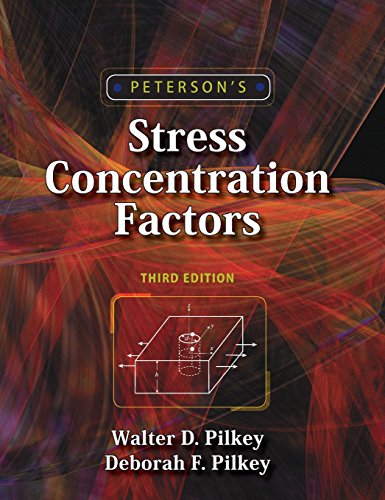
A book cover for Peterson's Stress Concentration Factors; Walter D. Pilkey; Science & Math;